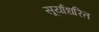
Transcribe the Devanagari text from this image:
सूर्याधरित